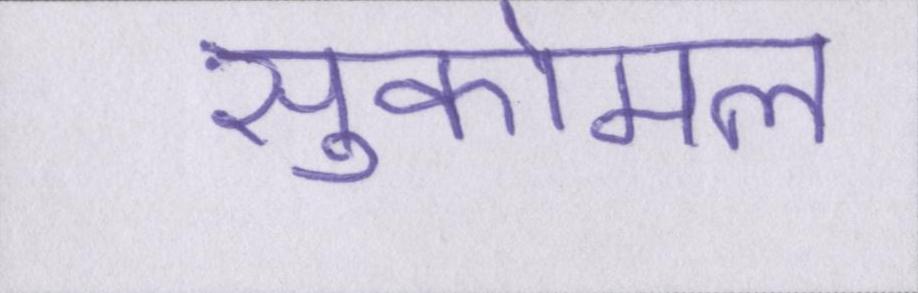
सुकोमल